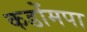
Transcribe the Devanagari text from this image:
कडोंमपा